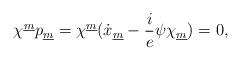
LaTeX: \begin{align*}\chi^{\underline m}p_{\underline m}=\chi^{\underline m}(\dot x_{\underline m}-{i\over e}\psi\chi_{\underline m})=0,\end{align*}